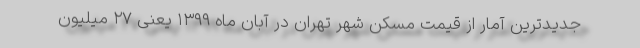
جدیدترین آمار از قیمت مسکن شهر تهران در آبان ماه ۱۳۹۹ یعنی ۲۷ میلیون